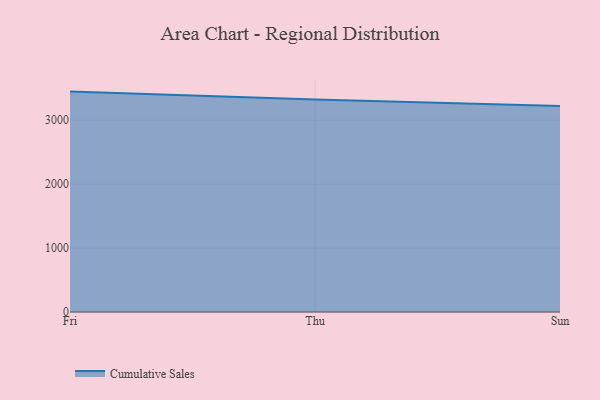
{"axis": {"x": "Day", "y": "Humidity (%)"}, "legend": ["Cumulative Sales"], "data": [{"x": "Fri", "y": 3448.3, "type": "Cumulative Sales"}, {"x": "Thu", "y": 3325.0, "type": "Cumulative Sales"}, {"x": "Sun", "y": 3221.4, "type": "Cumulative Sales"}]}